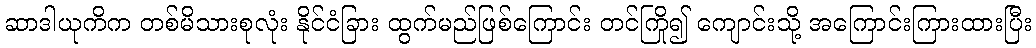
ဆာဒါယုကိက တစ်မိသားစုလုံး နိုင်ငံခြား ထွက်မည်ဖြစ်ကြောင်း တင်ကြို၍ ကျောင်းသို့ အကြောင်းကြားထားပြီး